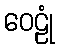
ဝေဠုံ